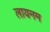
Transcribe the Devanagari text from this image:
लायनम